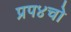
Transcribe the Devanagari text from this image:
प्रप४चो